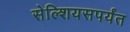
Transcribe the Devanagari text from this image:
सेल्शियसपर्यंत